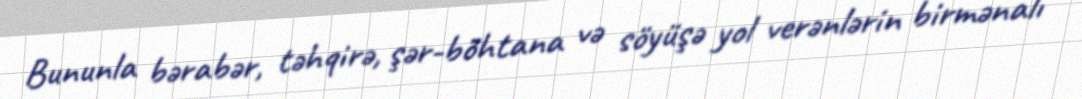
Bununla bərabər, təhqirə, şər-böhtana və söyüşə yol verənlərin birmənalı